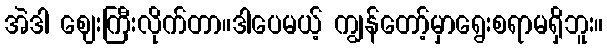
အဲဒါ ဈေးကြီးလိုက်တာ။ဒါပေမယ့် ကျွန်တော့်မှာရွေးစရာမရှိဘူး။